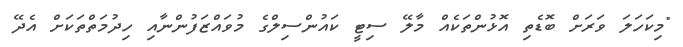
"މިކަހަލަ ވަރަށް ބޮޑެތި އޮޅުންތަކެއް މާލޭ ސިޓީ ކައުންސިލްގެ މުވައްޒަފުންނާއި ހިދުމަތްތަކަށް އެދޭ